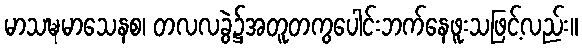
မာသဍ္ဎမာသေနစ၊ တလလခွဲ၌အတူတကွပေါင်းဘက်နေဖူးသဖြင့်လည်း။